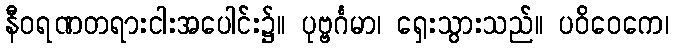
နီဝရဏတရားငါးအပေါင်း၌။ ပုဗ္ဗင်္ဂမာ၊ ရှေးသွားသည်။ ပဝိဝေကေ၊